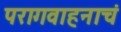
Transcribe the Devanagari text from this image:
परागवाहनाचं